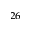
^ { 2 6 }